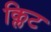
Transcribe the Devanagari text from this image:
क्लिट